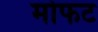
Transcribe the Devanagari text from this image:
मोफट